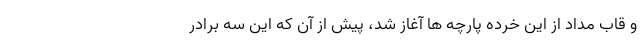
و قاب مداد از این خرده پارچه ها آغاز شد، پیش از آن که این سه برادر